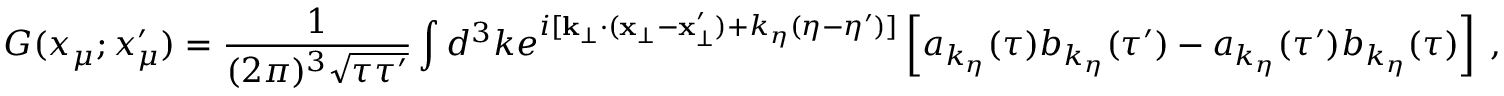
G ( x _ { \mu } ; x _ { \mu } ^ { \prime } ) = \frac { 1 } { ( 2 \pi ) ^ { 3 } \sqrt { \tau \tau ^ { \prime } } } \int d ^ { 3 } k e ^ { i [ \mathbf { k } _ { \bot } \cdot ( \mathbf { x } _ { \bot } - \mathbf { x } _ { \bot } ^ { \prime } ) + k _ { \eta } ( \eta - \eta ^ { \prime } ) ] } \left[ a _ { k _ { \eta } } ( \tau ) b _ { k _ { \eta } } ( \tau ^ { \prime } ) - a _ { k _ { \eta } } ( \tau ^ { \prime } ) b _ { k _ { \eta } } ( \tau ) \right] \: ,